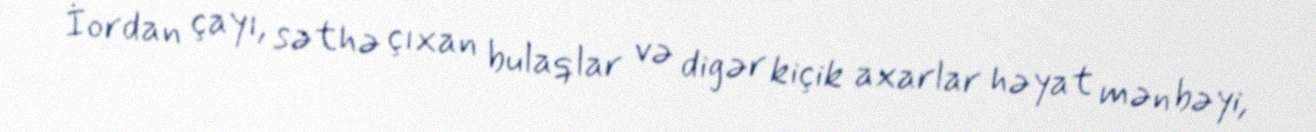
İordan çayı, səthə çıxan bulaqlar və digər kiçik axarlar həyat mənbəyi,